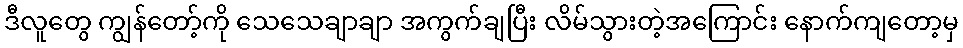
ဒီလူတွေ ကျွန်တော့်ကို သေသေချာချာ အကွက်ချပြီး လိမ်သွားတဲ့အကြောင်း နောက်ကျတော့မှ